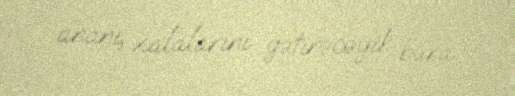
ananı, xalalarını gətirəcəyik bura.